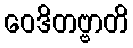
ဝေဒိတဗ္ဗာတိ